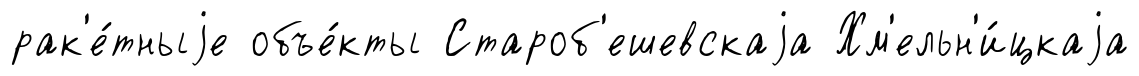
рак'е́тныjе объе́кты Староб'ешевскаjа Хм'ельн'и́цкаjа